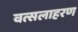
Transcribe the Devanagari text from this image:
वत्सलाहरण